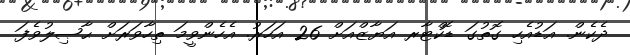
ދެކެން. އަޑުއެހި ގޮތުގަ ޑޮކްޓާރ އަޔާޒްއަށް 26 އަހަރު. އެހެންވީމަ ތިހާވަރަށް ޙާޞިލުވެފަ